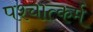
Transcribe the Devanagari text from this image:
पश्चात्कर्म